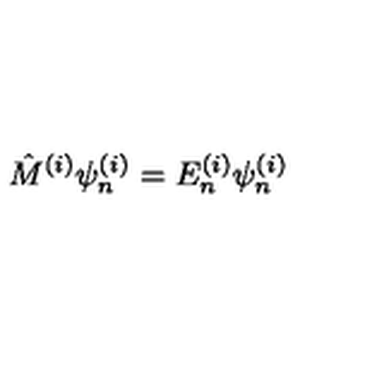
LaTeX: { \hat { M } } ^ { ( i ) } \psi _ { n } ^ { ( i ) } = E _ { n } ^ { ( i ) } \psi _ { n } ^ { ( i ) }